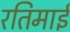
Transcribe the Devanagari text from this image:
रतिमाई